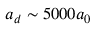
a _ { d } \sim 5 0 0 0 a _ { 0 }